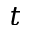
t